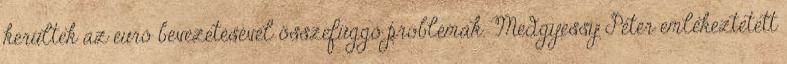
kerültek az euró bevezetésével összefüggő problémák. Medgyessy Péter emlékeztetett